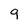
Character: 9